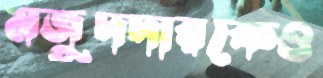
মজুদদারকেও